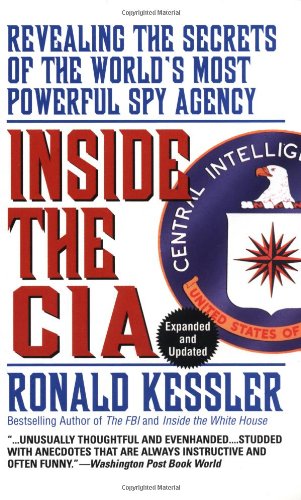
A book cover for Inside the CIA: Revealing the Secrets of the World's Most Powerful Spy Agency; Ronald Kessler; Biographies & Memoirs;